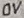
Text: 0V